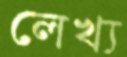
লেখ্য